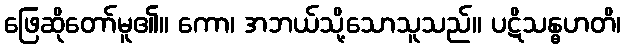
ဖြေဆိုတော်မူ၏။ ကော၊ အဘယ်သို့သောသူသည်။ ပဋိသန္ဓဟတိ၊